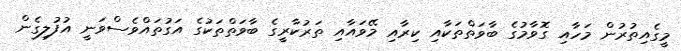
މީގެއިތުރުން މަހާއި ގޮވާމުގެ ބާވަތްތަކާއި ކިރާއި މޭވައާއި ތަރުކާރީގެ ބާވަތްތަކުގެ އަގުތައްވެސްވަނީ އުފުލިގެން